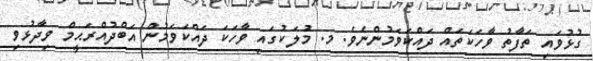
ގުޅުވައި ތަފާތު ވާހަކަތައް ދައްކަވަމުންނެވެ. މ. މުލަކުގައި ވާހަކަ ދައްކަވަމުން އަބްދުއްރަޙީމް ވިދާޅުވި